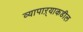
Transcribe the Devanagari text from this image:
व्यापाऱ्याकडील